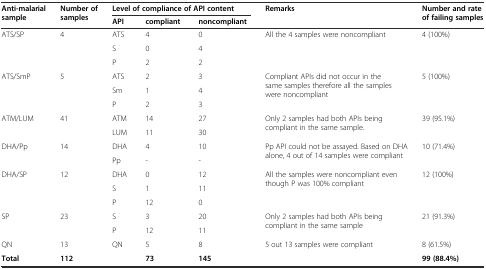
<table><thead><tr><td rowspan="2"><b>Anti-malarial sample</b></td><td rowspan="2"><b>Number of samples</b></td><td colspan="3"><b>Level of compliance of API content</b></td><td rowspan="2"><b>Remarks</b></td><td rowspan="2"><b>Number and rate of failing samples</b></td></tr><tr><td><b>API</b></td><td><b>compliant</b></td><td><b>noncompliant</b></td></tr></thead><tbody><tr><td rowspan="3">ATS/SP</td><td>4</td><td>ATS</td><td>4</td><td>0</td><td rowspan="3">All the 4 samples were noncompliant</td><td rowspan="3">4 (100%)</td></tr><tr><td></td><td>S</td><td>0</td><td>4</td></tr><tr><td></td><td>P</td><td>2</td><td>2</td></tr><tr><td>ATS/SmP</td><td>5</td><td>ATS</td><td>2</td><td>3</td><td rowspan="3">Compliant APIs did not occur in the same samples therefore all the samples were noncompliant</td><td rowspan="3">5 (100%)</td></tr><tr><td rowspan="2"></td><td></td><td>Sm</td><td>1</td><td>4</td></tr><tr><td></td><td>P</td><td>2</td><td>3</td></tr><tr><td rowspan="2">ATM/LUM</td><td>41</td><td>ATM</td><td>14</td><td>27</td><td rowspan="2">Only 2 samples had both APIs being compliant in the same sample.</td><td rowspan="2">39 (95.1%)</td></tr><tr><td></td><td>LUM</td><td>11</td><td>30</td></tr><tr><td rowspan="2">DHA/Pp</td><td>14</td><td>DHA</td><td>4</td><td>10</td><td rowspan="2">Pp API could not be assayed. Based on DHA alone, 4 out of 14 samples were compliant</td><td rowspan="2">10 (71.4%)</td></tr><tr><td></td><td>Pp</td><td>-</td><td>-</td></tr><tr><td rowspan="3">DHA/SP</td><td>12</td><td>DHA</td><td>0</td><td>12</td><td rowspan="3">All the samples were noncompliant even though P was 100% compliant</td><td rowspan="3">12 (100%)</td></tr><tr><td></td><td>S</td><td>1</td><td>11</td></tr><tr><td></td><td>P</td><td>12</td><td>0</td></tr><tr><td rowspan="2">SP</td><td>23</td><td>S</td><td>3</td><td>20</td><td rowspan="2">Only 2 samples had both APIs being compliant in the same sample</td><td rowspan="2">21 (91.3%)</td></tr><tr><td></td><td>P</td><td>12</td><td>11</td></tr><tr><td>QN</td><td>13</td><td>QN</td><td>5</td><td>8</td><td>5 out 13 samples were compliant</td><td>8 (61.5%)</td></tr><tr><td><b>Total</b></td><td><b>112</b></td><td></td><td><b>73</b></td><td><b>145</b></td><td></td><td><b>99 (88.4%)</b></td></tr></tbody></table>